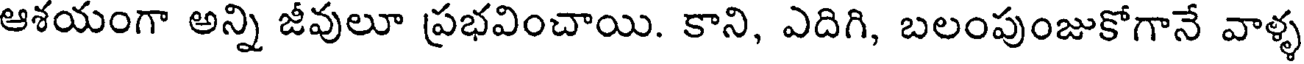
ఆశయంగా అన్ని జీవులూ ప్రభవించాయి. కాని, ఎదిగి, బలంపుంజుకోగానే వాళ్ళ